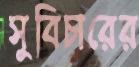
সুবিচারের